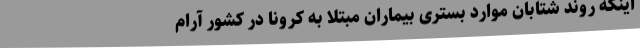
اینکه روند شتابان موارد بستری بیماران مبتلا به کرونا در کشور آرام